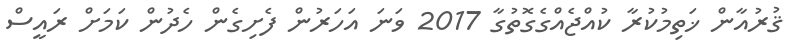
ޤުރުއާން ޚަތިމުކުރާ ކުއްޖެއްގެގޮތުގާ 2017 ވަނަ އަހަރުން ފެށިގެން ހެދުން ކަމަށް ރައީސް